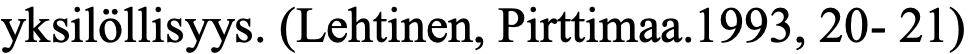
yksilöllisyys. (Lehtinen, Pirttimaa.1993, 20- 21)